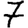
Digit: 7